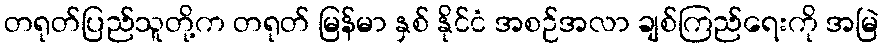
တရုတ်ပြည်သူတို့က တရုတ် မြန်မာ နှစ် နိုင်ငံ အစဉ်အလာ ချစ်ကြည်ရေးကို အမြဲ